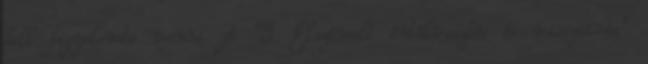
kell figyelembe venni. A “3. Elszámolt értékvesztés és visszaírás”